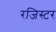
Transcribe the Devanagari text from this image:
रजिस्टर